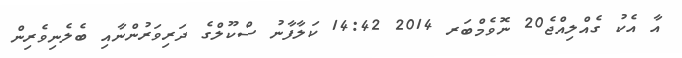
އާ އެކު ގެއްލިއްޖެ20 ނޮވެމްބަރ 2014 14:42 ކަލާފާނު ސްކޫލްގެ ދަރިވަރުންނާއި ބެލެނިވެރިން